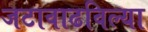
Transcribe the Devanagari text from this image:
जटावाढविल्या